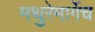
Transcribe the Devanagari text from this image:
मथुरेमार्गेच